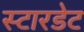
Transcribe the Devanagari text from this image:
स्टारडेट